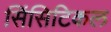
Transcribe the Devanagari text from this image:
सिंसिटिकल